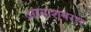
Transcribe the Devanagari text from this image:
अग्न्याशयरस